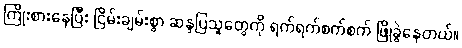
ကြိုးစားနေပြီး ငြိမ်းချမ်းစွာ ဆန္ဒပြသူတွေကို ရက်ရက်စက်စက် ဖြိုခွဲနေတယ်။